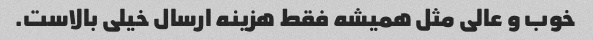
خوب و عالی مثل همیشه فقط هزینه ارسال خیلی بالاست.